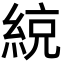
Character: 綂